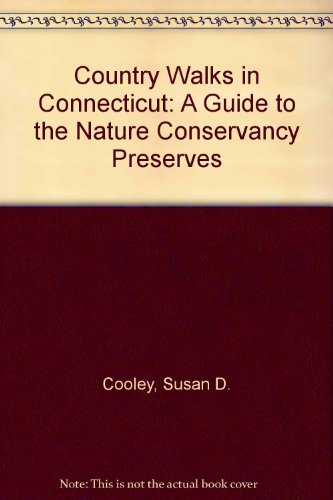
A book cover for Country Walks in Connecticut: A Guide to the Nature Conservancy Preserves; Susan D. Cooley; Travel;